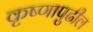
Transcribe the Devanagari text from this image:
कृष्णापुढील